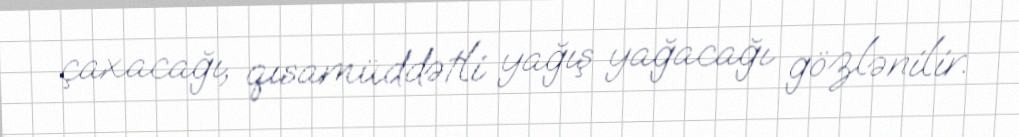
çaxacağı, qısamüddətli yağış yağacağı gözlənilir.